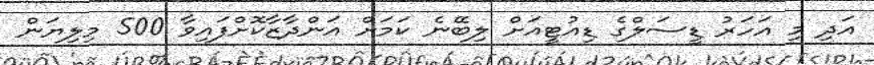
އަދި މި އަހަރު ޑީސަލްގެ ޑިއުޓީއަށް ލިބޭނެ ކަމަށް އަންދާޒާކޮށްފައިވާ 500 މިލިޔަން